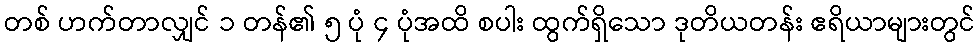
တစ် ဟက်တာလျှင် ၁ တန်၏ ၅ ပုံ ၄ ပုံအထိ စပါး ထွက်ရှိသော ဒုတိယတန်း ဧရိယာများတွင်